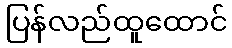
ပြန်လည်ထူထောင်